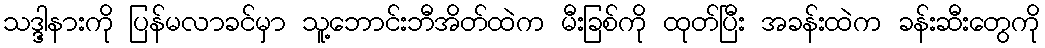
သဒ္ဒါ့နားကို ပြန်မလာခင်မှာ သူ့ဘောင်းဘီအိတ်ထဲက မီးခြစ်ကို ထုတ်ပြီး အခန်းထဲက ခန်းဆီးတွေကို